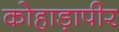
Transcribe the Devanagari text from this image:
कोहाड़ापीर